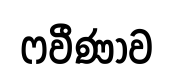
ෆවීණාව